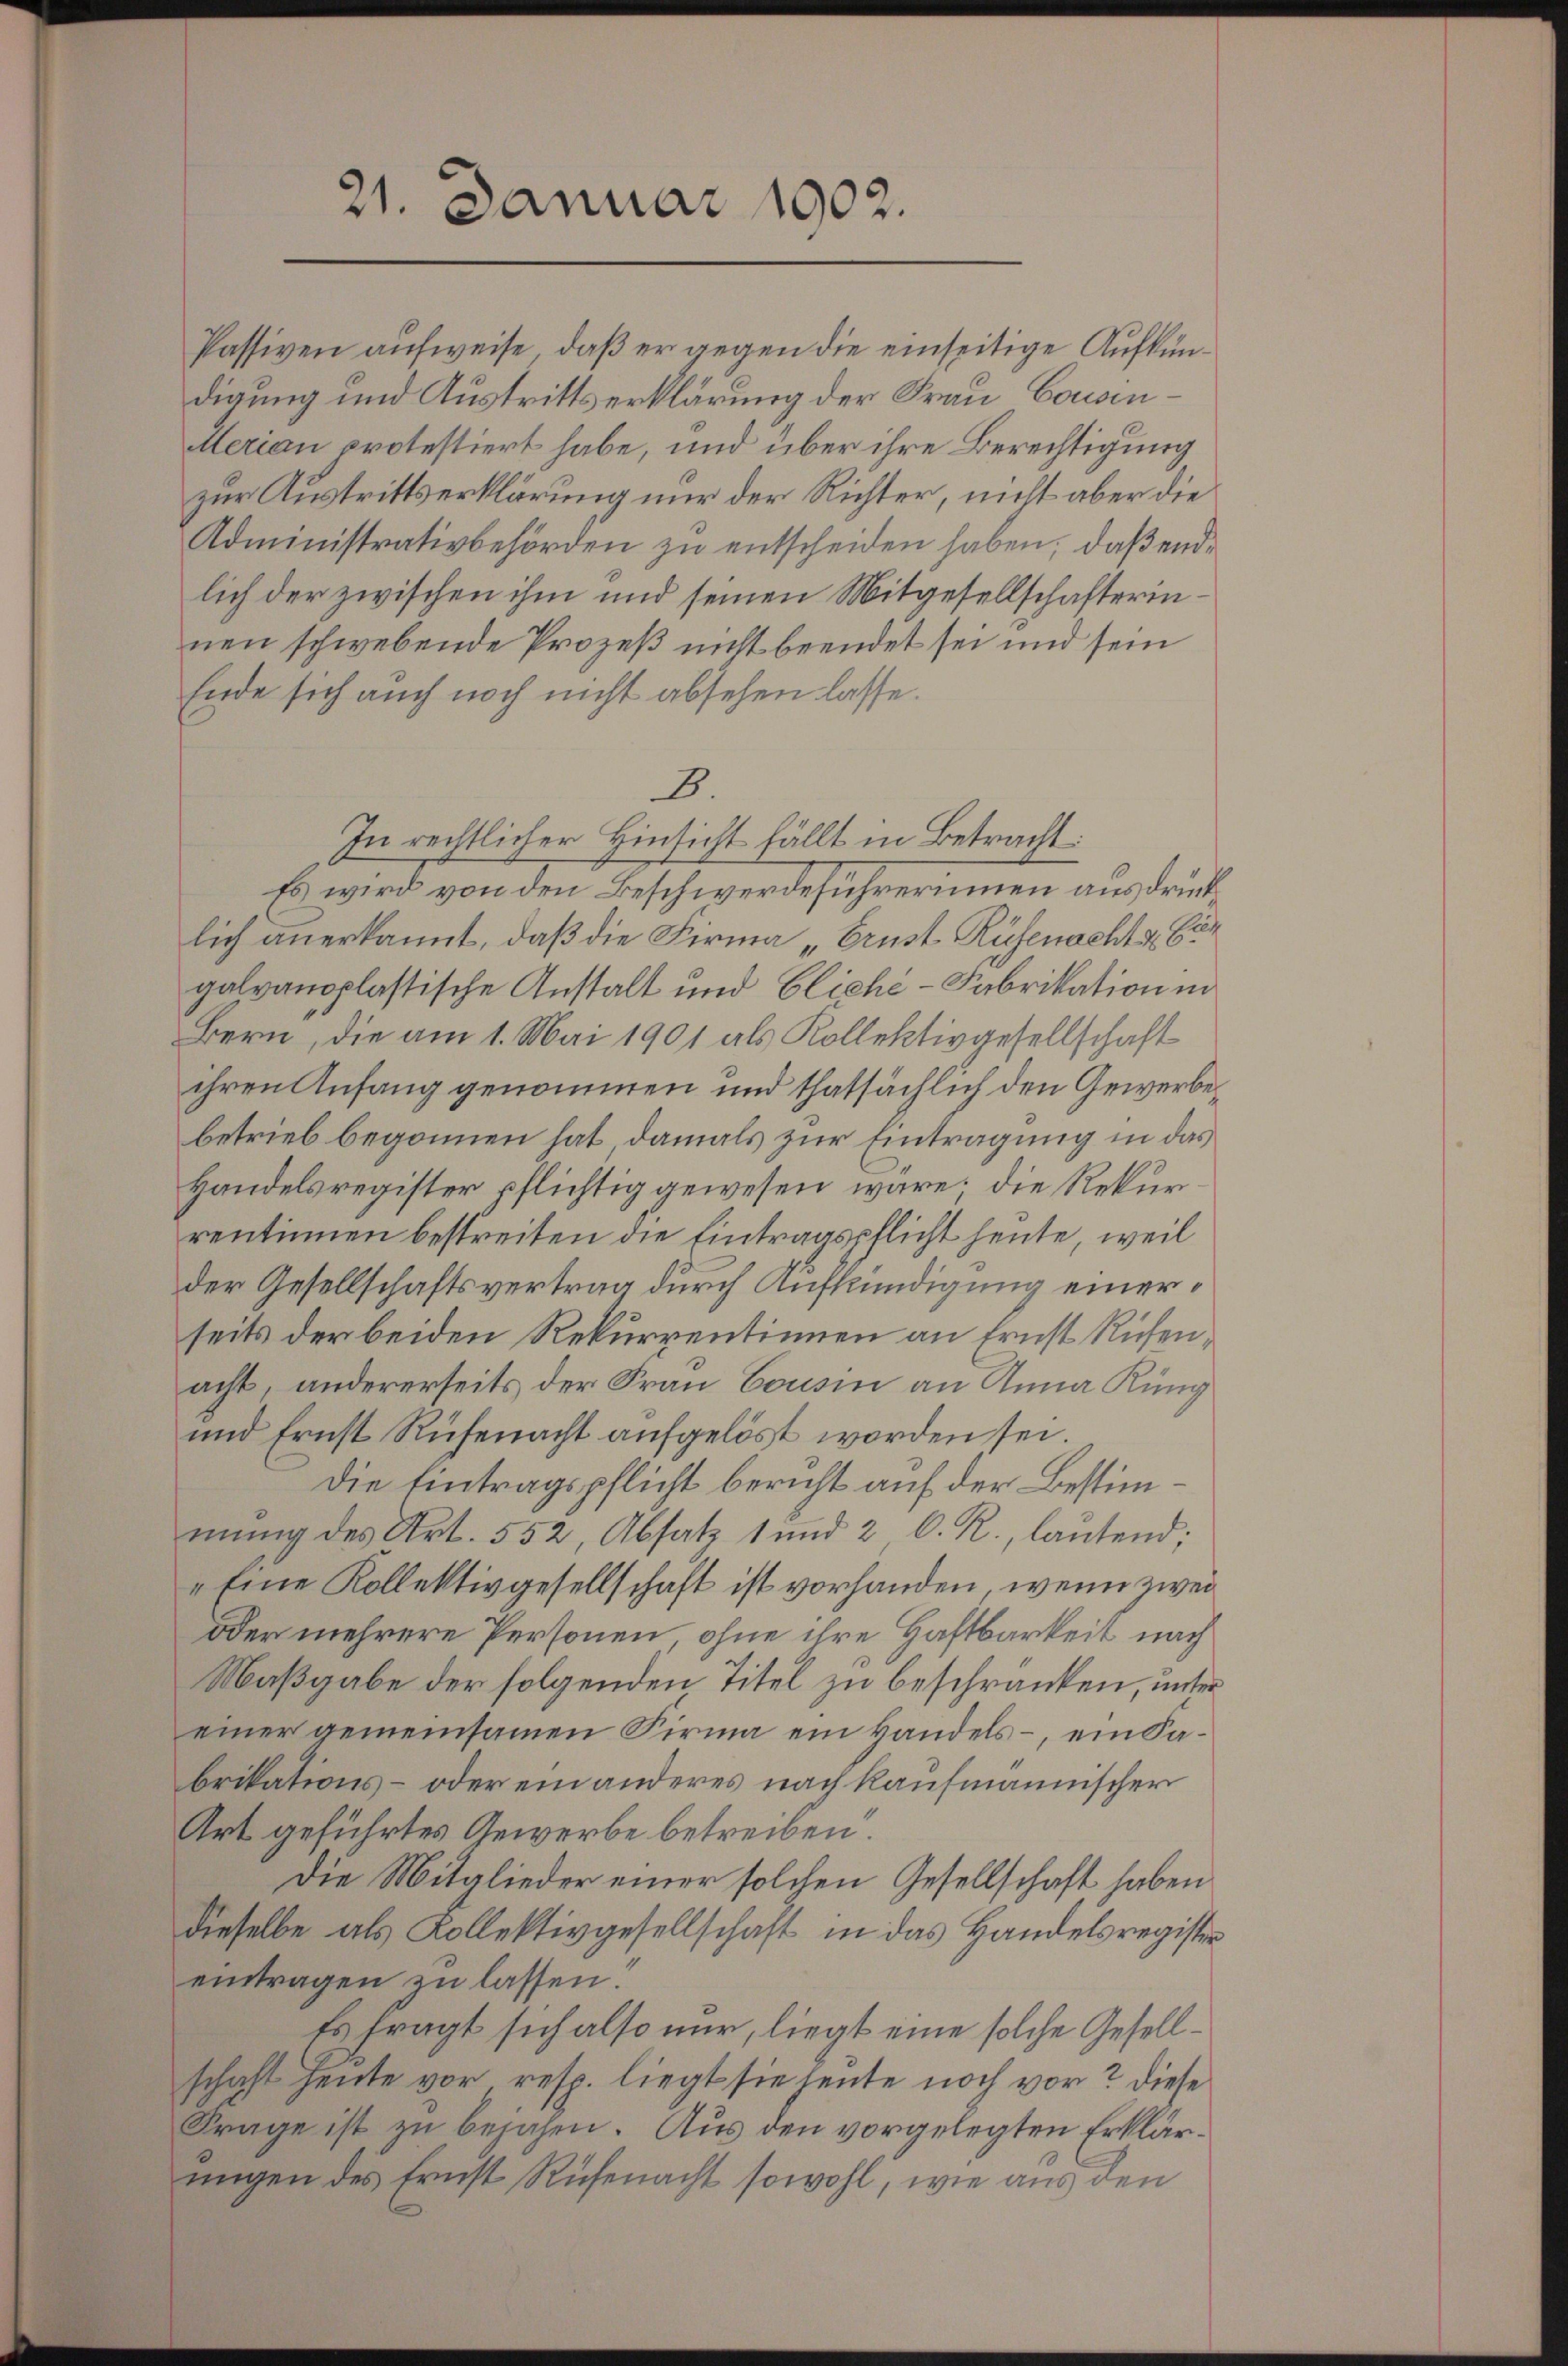
21. Januar 1902.

lich der zwischen ihm und seinen Mitgesellschafterinnen schwebende Prozeß nicht beendet sei und sein
Ende sich auch noch nicht absehen lasse.
B.
In rechtlicher Hinsicht fällt in Betracht:
Es wird von den Beschwerdeführerinnen ausdrücklich anerkannt, daß die Firma „Erust Rüfenacht & begalvanoplastische Anstalt und Cliche-Fabrikation in
Bern, die am 1. Mai 1901 als Kollektivgesellschaft
ihren Anfang genommen und thatsächlich den Gewerbebetrieb begonnen hat, damals zur Eintragung in das
Handelsregister pflichtig gewesen wäre. Die Rekurrentinnen bestreiten die Eintragspflicht heute, weil
der Gesellschaftsvertrag durch Aufkündigung einerseits der beiden Rekurrentinnen an Ernst Ruchenacht, andererseits der Frau Cousin an Anna Küng
und Ernst Rüfenacht aufgelöst worden sei
Die Eintragspflicht bericht auf der Bestimmŭng des Art. 552, Absatz 1 und 2 C. R., laŭtend;
„Eine Kollektivgesellschaft ist vorhanden, wenn zwei
oder mehrere Personen, ohne ihre Haftbarkeit nach
Maßgabe der folgenden Titel zu beschränken, unter
einer gemeinsamen Firma ein Handels – ein Fabrikations- oder ein anderes nach kaufmännischer
Art geführtes Gewerbe betreiben.
Die Mitglieder einer solchen Gesellschaft haben
dieselbe als Kollektivgesellschaft in das Handelsregister
eintragen zu lassen
Es fragt sich also nur, liegt eine solche Gesellschaft heute vor, resp. liegt sie heute noch vor? Diese
Frage ist zu bejahen. Aus den vorgelegten Erklärungen des Ernst Rüfenacht sowohl, wie aus den

Passiven aufweise, daß er gegen die einseitige Aufkündigung und Austrittserklärung der Frau, Cousinerian protestiert habe, und über ihre Berechtigung
zur Austrittserklärung nur der Richter, nicht aber die
Administrativbehörden zu entscheiden haben, daß end¬